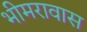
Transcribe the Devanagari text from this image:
भीमरावास